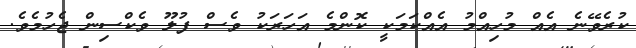
ކުރެވޭނެ އެއް މުހިއްމު އެއްކަމަކީ ކޮންމެ އަހަރަކު ވެސް ފުލޫ ވެކްސިން ޖެހުމެވެ.